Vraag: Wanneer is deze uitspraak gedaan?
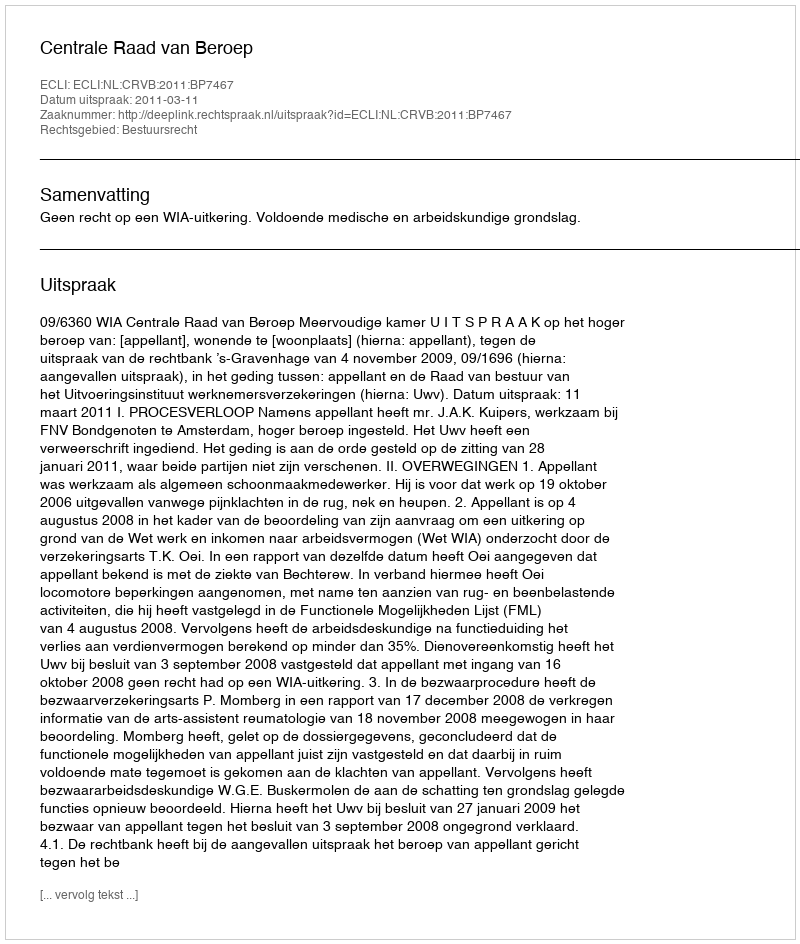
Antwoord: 2011-03-11